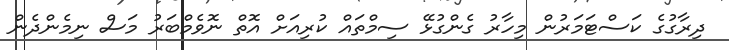
ދިރާގުގެ ކަސްޓަމަރުން މިހާރު ގެންގުޅޭ ސިމްތައް ކުރިއަށް އޮތް ނޮވެމްބަރު މަސް ނިމެންދެން